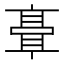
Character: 𬴘